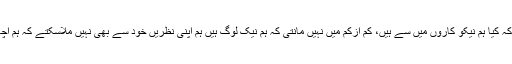
سوال یہ ہے کہ کیا ہم نیکو کاروں میں سے ہیں، کم ازکم میں نہیں مانتی کہ ہم نیک لوگ ہیں ہم اپنی نظریں خود سے بھی نہیں ملاسکتے کہ ہم اچھے لوگ ہیں۔